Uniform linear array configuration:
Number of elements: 32
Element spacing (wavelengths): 0.25
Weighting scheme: hamming
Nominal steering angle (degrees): -15
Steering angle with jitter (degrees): -13.237
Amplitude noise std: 0.05
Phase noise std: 0.05

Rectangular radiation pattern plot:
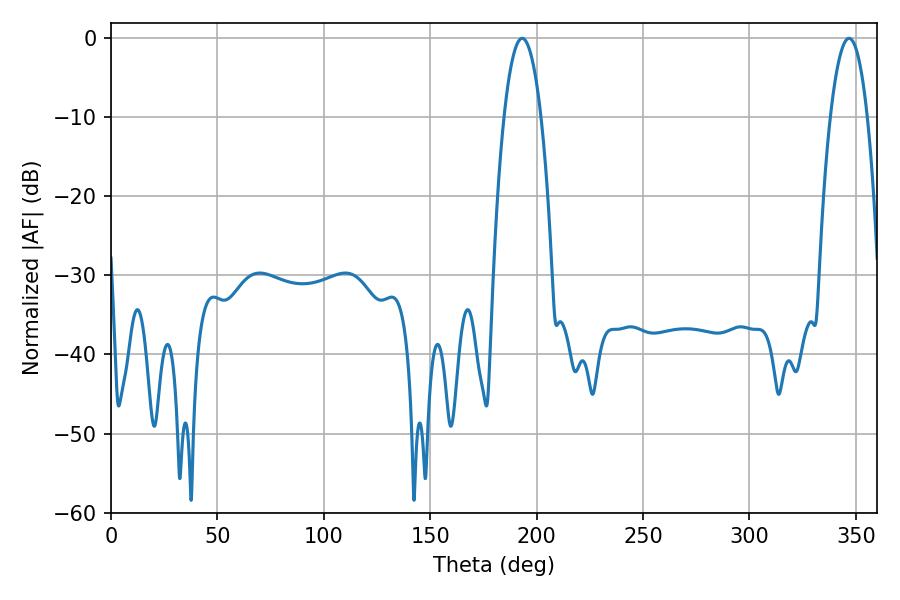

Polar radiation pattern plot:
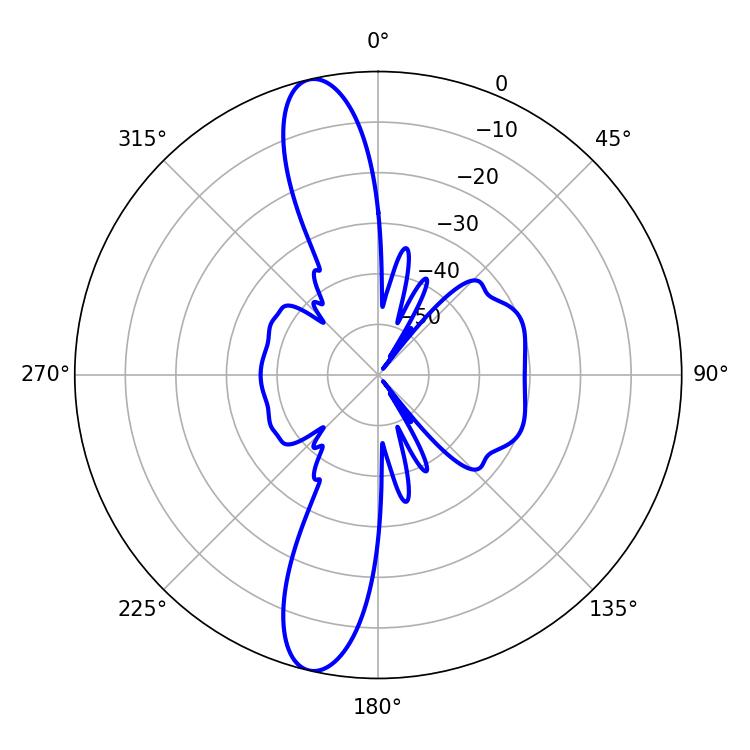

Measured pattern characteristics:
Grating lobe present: FALSE
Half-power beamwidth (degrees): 9.54
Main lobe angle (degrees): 193.14